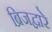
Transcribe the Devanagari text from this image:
ब्रिजद्वारे